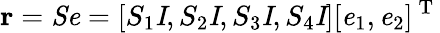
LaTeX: \mathbf{r}=\textbf{\textit{Se}}=[S_{1}\textbf{\textit{I}},S_{2}\textbf{\textit{I}},S_{3}\textbf{\textit{I}},S_{4}\textbf{\textit{I}}][\textbf{\textit{e}}_{1},\textbf{\textit{e}}_{2}]^{\mathrm{~T~}}